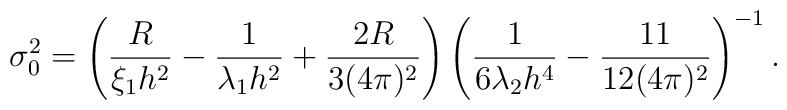
\sigma_0^2 = \left(  \frac{R}{\xi_1 h^2} -\frac{ 1}{\lambda_1 h^2} +\frac{2R}{3(4\pi)^2}\right) \left( \frac{1}{6\lambda_2 h^4} -\frac{11}{12(4\pi)^2}\right)^{-1}.